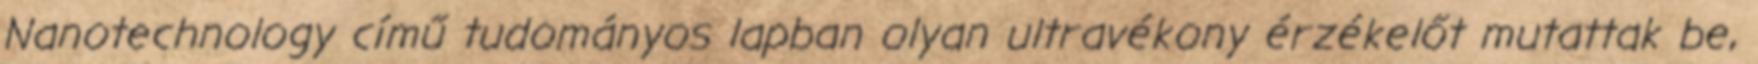
Nanotechnology című tudományos lapban olyan ultravékony érzékelőt mutattak be,